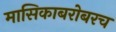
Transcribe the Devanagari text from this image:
मासिकाबरोबरच